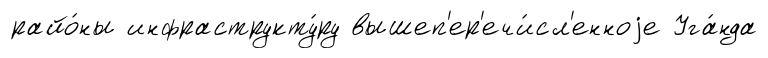
райо́ны инфраструкту́ру вышеп'ер'ечи́сл'енноjе Уга́нда